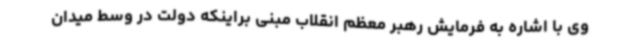
وی با اشاره به فرمایش رهبر معظم انقلاب مبنی براینکه دولت در وسط میدان